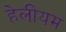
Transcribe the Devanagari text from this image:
हेलीयम